Annual statistical returns and brief notes on vaccination in Bengal - 1896-1909
Year: 1896
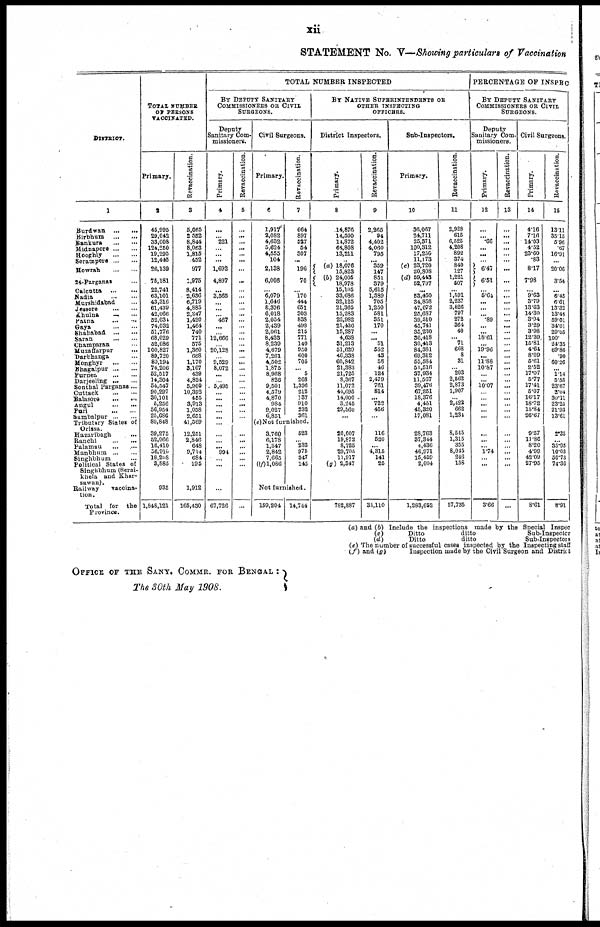
xii
STATEMENT No. V—Showing particulars of Vaccination
DISTRICT.
1
Burdwan ... ... ...
Birbhum...
...
Bankura...
...
Midnapore...
...
Hooghly... ...
Serampore... ... ...
Howrah...
...
24-Parganas... ...
Calcutta...
...
Madla...
...
Murshidabad... ...
Jessore...
...
Khulna... ...
Patna...
...
Gaya...
...
Shahabad...
...
Saran...
...
Champaran... ...
Muzaffarpur... ...
Darbhanga... ...
Monghyr...
...
Bhagalpur...
...
Purnea...
...
Darjeeling...
...
Sonthal Parganas... ...
Cuttack...
...
Balasore...
...
Angul...
...
Puri...
...
Sambalpur...
...
Tributary States of
Oriasa.
Hazaribagh... ...
Ranchi...
...
Palamau... ...
Manbhum...
...
Singhbhum... Political States of
Singhbhum (Serai-
khela and Khar-
savran).
Railway
vaccina-
tion.
Total for the
Province.
TOTAL NUMBER
OF PERSONS
VACCINATED.
Primary.
2
45,995
29,042
33,008
124,250
19,295
12,445
26,139
75,181
22,741
63,101
43,316
61,439
42,066
52,034
74,032
51,776
68,029
52,086
100,827
89,720
80,194
74,206
52,517
14,304
54,547
90,297
30,101
5,256
56,954
25,686
89,848
39,275
52,066
16,410
36,910
18,208
3,885
935
1,848,121
Revaccination.
3
5,065
2,562
8,844
8,063
1,815
452
977
1,975
8,414
2,636
6,719
4,885
2,247
1,420
1,464
740
771
575
1,360
668
1,170
3,167
439
4,824
5,900
10,392
455
3,913
1,058
2,651
41,569
12,251
2,846
648
9,714
684
195
1,912
165,430
TOTAL NUMBER INSPECTED
BY DEPUTY SANITARY
COMMISSIONERS OR CIVIL
SURGEONS.
Deputy
Sanitary Com-
missioners.
Primary.
4
...
... 221
...
...
...
1,692
4,897
...
3,565
...
...
... 467
...
... 12,666
... 20,128
... 9,529
8,072
...
... 5,495
... ...
... ...
...
...
...
...
... 994
... ...
...
67,726
Revaccination.
5
...
...
...
...
...
...
...
...
...
...
...
...
...
...
...
...
...
...
...
...
...
...
...
...
...
...
...
...
...
...
...
...
...
...
...
...
...
...
...
Civil Surgeons.
Primary.
6
1,917
2,082
4,632
5,624
4,555
104
2,138
6,006
... 6,079
1,646
3,376
6,018
2,054
2,439
2,061
8,433
8,239
4,679
7,261
4,502
1,875
8,968
826
9,501
4,579
4,870
984
9,027
6,851
Revaccination.
7
664
897
527
54
307
...
196
70
... l70
444
651
303
838
498
215
771
140
930
600
705
... 5
268
1,336
212
137
910
232
361
(e)Not furnished.
3,760
6,178
1,347
2,842
7,665
(f)l,086
523
... 233
975
347
145
Not furnished.
159,204
14,744
BY NATIVE SUPERINTENDENTS OF
OTHER INSPECTING
OFFICERS.
District Inspectors.
Primary.
8
14,876
14,500
14,872
61,808
13,211
... (a) 18,076
15,823
(b) 24,005
18,978
15,105
33,686
32,125
21,365
15,283
22,982
21,426
15,287
4,638
31,213
51,629
46,338
60,842
21,383
21,725
8,367
11,073
41,695
14,000
3,245
29,560
...
...
20,007
19,872
8,725
29,705
11,917
(g) 2,317
782,887
Revaccination.
9
2,265
94
4,402
4,060
795
... 359
147
851
379
5,615
1,389
705
1,250
581
351
170
...
... 51
552
43
58
46
124
2,479
761
814
... 722
456
...
...
116
520
...
4,315
141
25
34,110
Sub-Inspectors.
Primary.
10
36,067
24,711
25,371
100,312
17,250
11,173
(c) 23,720
20,308
(d) 59,443
52,797
...
53,450
34,858
47,072
25,687
39,510
45,741
35,230
36,418
30,413
84,381
69,312
55,584
51,516
37,934
11,567
39,476
67,251
18,376
4,451
45,320
17,081
...
28,763
37,344
4,436
46,971
15,459
2,004
1,283,652
Revaccination.
11
2,928
615
6,525
4,208
892
374
840
127
1,221
507
... 1,591
2,237
3,526
797
272
364
40
... 71
668
8
31
... 203
2,562
2,873
1,907
... 2,422
662
1,234
...
8,545
1,315
355
8,015
246
158
57,735
PERCENTAGE OF INSPEC
BY DEPUTY SANITARY
COMMISSIONERS OF CIVIL
SURGEONS.
Deputy
Sanitary Com-
missioners.
Primary.
12
...
... .66
...
...
...
6.47
6.51
... 5.64
...
...
... .89
...
...
18.61
...
19.96
...
11.88
10.87
...
...
10.07
...
...
... ...
...
...
...
...
... 1.74
... ...
3.66
Revaccination.
13
...
...
...
...
...
...
...
...
...
...
...
...
...
...
...
...
...
...
...
...
...
...
...
...
...
...
...
...
...
...
...
...
...
...
...
...
...
...
Civil Surgeons.
Primary.
14
4.16
7.16
14.03
4.52
23.60
.83
8.17
7.98
... 9.63
3.79
13.63
14.30
3.94
3.29
3.98
12.39
15.81
4.64
8.09
5.61
2.52
17.07
5.77
17.41
5.07
16.17
18.72
15.84
26.67
...
9.57
11.86
8.20
4.99
42.09
27.95
8.61
Revaccination.
15
13.11
35.15
5.96
.67
16.91
...
20.06
3.54
... 6.45
6.61
13.32
13.48
59.01
34.01
29.05
100.
24.35
69.86
.90
60.26
... 1.14
5.55
23.67
2.04
30.11
23.25
21.93
13.61
...
2.35
...
35.95
10.03
50.73
74.36
8.91
(a) and (b) Include the inspections made by the Special Inspec
(c)
Ditto
ditto
Sub-Inspector
(d)
Ditto
ditto
Sub-Inspector
(e) The number of successful cases inspected by the Inspecting staff
(f) and (g)
Inspection made by the Civil Surgeon and District
OFFICE OF THE SANY. COMMR. FOR BENGAL
:
The 30th May 1908.